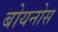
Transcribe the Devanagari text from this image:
बोयनोस